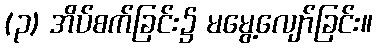
(၃) အိပ်စက်ခြင်း၌ မမွေ့လျော်ခြင်း။